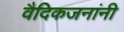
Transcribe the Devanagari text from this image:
वैदिकजनांनी